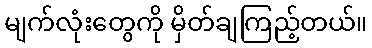
မျက်လုံးတွေကို မှိတ်ချကြည့်တယ်။